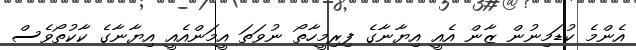
އެންމެ ކުޑަމިނުން ޒާން އެއީ އިޔާނާގެ ފިރިމީހާތޯ ނުވަތަ އީމަންއެއީ އިޔާނާގެ ކާކުތޯވެސް